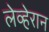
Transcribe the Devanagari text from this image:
लेव्हेरान